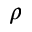
\rho